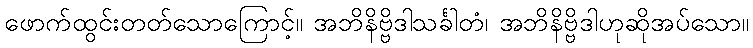
ဖောက်ထွင်းတတ်သောကြောင့်။ အဘိနိဗ္ဗိဒါသင်္ခါတံ၊ အဘိနိဗ္ဗိဒါဟုဆိုအပ်သော။